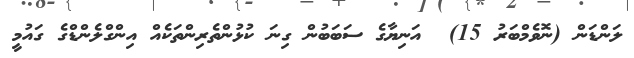
ލަންޑަން (ނޮވެމްބަރު 15)  އަނިޔާގެ ސަބަބުން ގިނަ ކުޅުންތެރިންތަކެއް އިންގްލެންޑްގެ ގައުމީ